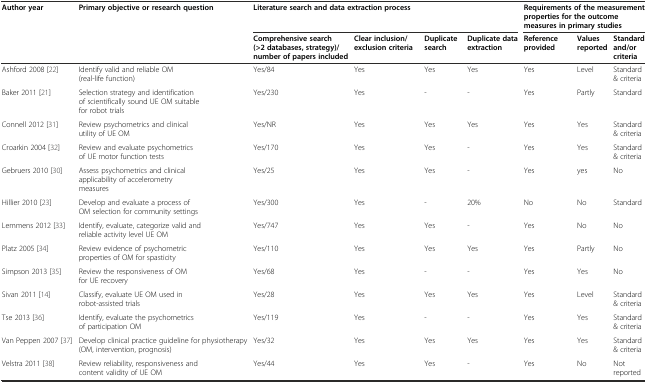
| Author year | Primary objective or research question | <COLSPAN=4> Literature search and data extraction process | <COLSPAN=3> Requirements of the measurement properties for the outcome measures in primary studies |
 |  |  | Comprehensive search (>2 databases, strategy)/number of papers included | Clear inclusion/exclusion criteria | Duplicate search | Duplicate data extraction | Reference provided | Values reported | Standard and/or criteria |
 | --- | --- | --- | --- | --- | --- | --- | --- | --- |
 | Ashford 2008 [22] | Identify valid and reliable OM (real-life function) | Yes/84 | Yes | Yes | Yes | Yes | Level | Standard & criteria |
 | Baker 2011 [21] | Selection strategy and identification of scientifically sound UE OM suitable for robot trials | Yes/230 | Yes | - | - | Yes | Partly | Standard |
 | Connell 2012 [31] | Review psychometrics and clinical utility of UE OM | Yes/NR | Yes | Yes | Yes | Yes | Yes | Standard & criteria |
 | Croarkin 2004 [32] | Review and evaluate psychometrics of UE motor function tests | Yes/170 | Yes | Yes | - | Yes | Yes | Standard & criteria |
 | Gebruers 2010 [30] | Assess psychometrics and clinical applicability of accelerometry measures | Yes/25 | Yes | Yes | - | Yes | yes | No |
 | Hillier 2010 [23] | Develop and evaluate a process of OM selection for community settings | Yes/300 | Yes | - | 20% | No | No | Standard |
 | Lemmens 2012 [33] | Identify, evaluate, categorize valid and reliable activity level UE OM | Yes/747 | Yes | Yes | - | Yes | No | No |
 | Platz 2005 [34] | Review evidence of psychometric properties of OM for spasticity | Yes/110 | Yes | Yes | Yes | Yes | Partly | No |
 | Simpson 2013 [35] | Review the responsiveness of OM for UE recovery | Yes/68 | Yes | - | - | Yes | Yes | No |
 | Sivan 2011 [14] | Classify, evaluate UE OM used in robot-assisted trials | Yes/28 | Yes | Yes | Yes | Yes | Level | Standard & criteria |
 | Tse 2013 [36] | Identify, evaluate the psychometrics of participation OM | Yes/119 | Yes | - | - | Yes | Yes | Standard & criteria |
 | Van Peppen 2007 [37] | Develop clinical practice guideline for physiotherapy (OM, intervention, prognosis) | Yes/32 | Yes | Yes | Yes | Yes | Yes | Standard & criteria |
 | Velstra 2011 [38] | Review reliability, responsiveness and content validity of UE OM | Yes/44 | Yes | Yes | - | Yes | No | Not reported |